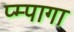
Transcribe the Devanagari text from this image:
प्म्पागा